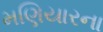
મણિયારના